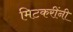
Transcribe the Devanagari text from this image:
मिटकरींनी